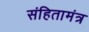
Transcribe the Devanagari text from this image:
संहितामंत्र